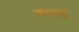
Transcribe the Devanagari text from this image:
अरुणई